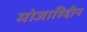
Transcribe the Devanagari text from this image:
मोजाहिद्दीन